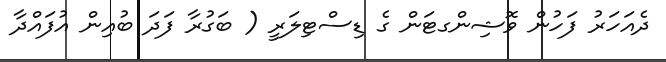
ދެއަހަރު ފަހުން ވޮޝިންގޓަން ގެ ޑިސްޓިލަރީ ( ބަގުރާ ފަދަ ބުއިން އުފައްދާ